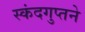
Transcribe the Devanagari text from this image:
स्कंदगुप्तने